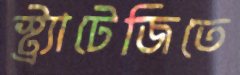
স্ট্র্যাটেজিতে